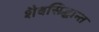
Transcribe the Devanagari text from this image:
शैवसिद्धान्त